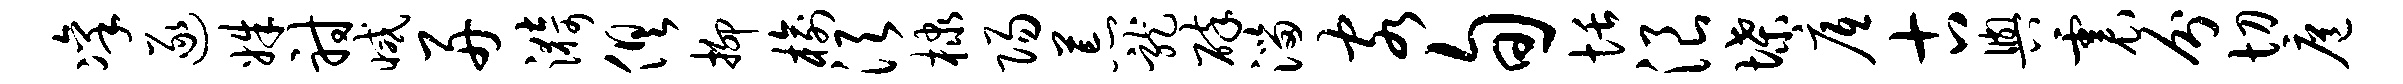
凛逐姝射减舟漪俱抑榆须棣阳荒龙碎淄客旬恬浪堞底古舆震分切扈